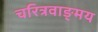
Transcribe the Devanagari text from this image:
चरित्रवाङ्मय